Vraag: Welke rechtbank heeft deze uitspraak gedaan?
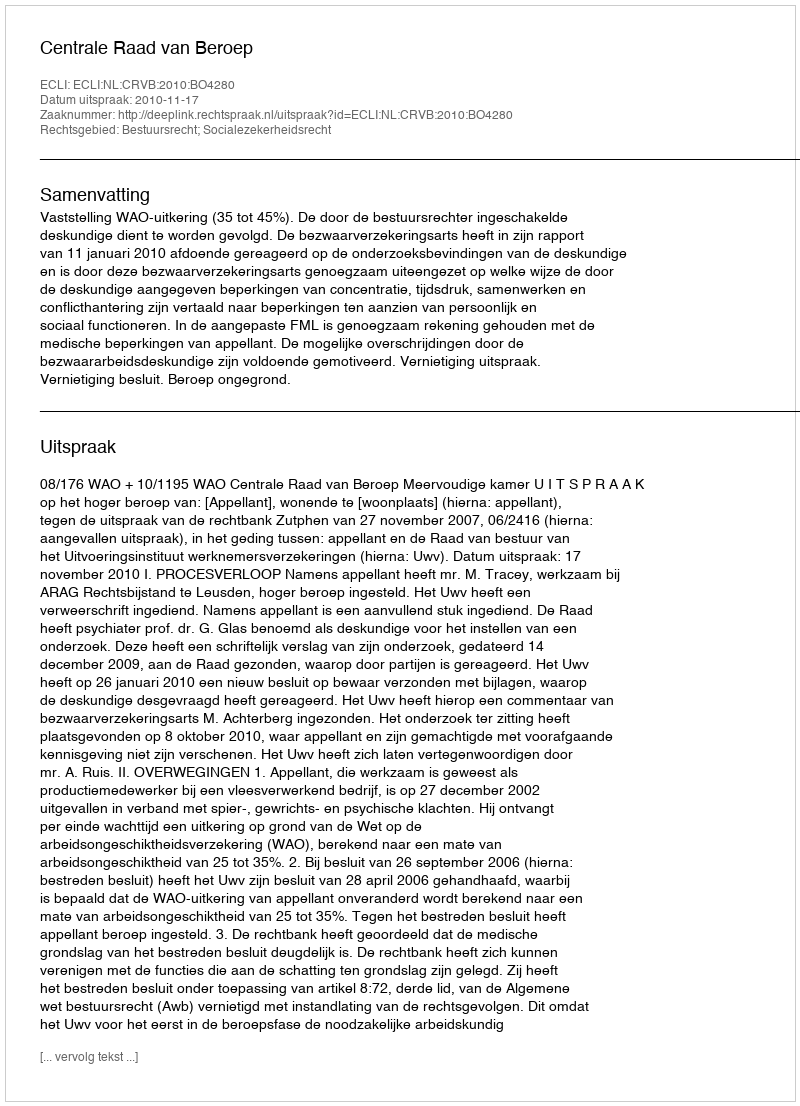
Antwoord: Centrale Raad van Beroep